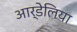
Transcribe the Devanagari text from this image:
आर्डेलिया